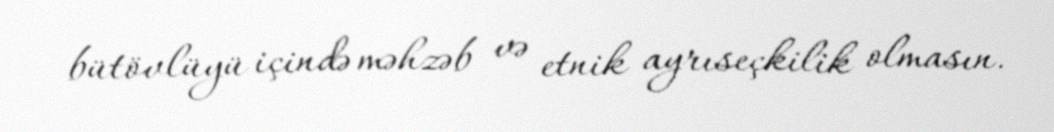
bütövlüyü içində məhzəb və etnik ayrıseçkilik olmasın.